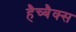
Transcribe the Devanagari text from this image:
हैच्बैक्स